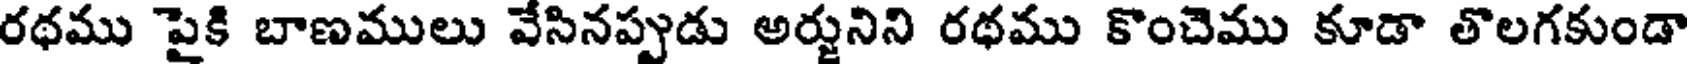
రథము పైకి బాణములు వేసినప్పుడు అర్జునిని రథము కొంచెము కూడా తొలగకుండా